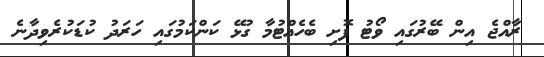
ރާއްޖެ އިން ބޭރުގައި ވޯޓު ފޮށި ބެހެއްޓުމާ ގުޅޭ ކަންކަމުގައި ހަރަދު ކުޑަކުރެވިދާނެ